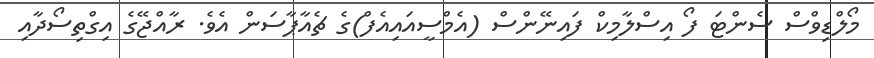
މޯލްޑިވްސް ސެންޓަ ފޯ އިސްލާމިކް ފައިނޭންސް (އެމްސީއައިއެފް)ގެ ޗެއާޕާސަން އެވެ. ރާއްޖޭގެ އިގްތިސޯދާއި